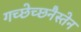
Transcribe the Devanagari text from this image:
गच्छेच्छनैस्तेन